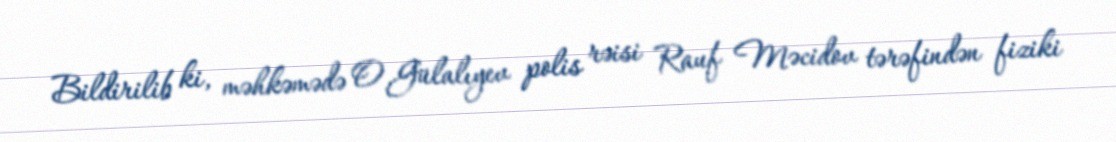
Bildirilib ki, məhkəmədə O.Gülalıyev polis rəisi Rauf Məcidov tərəfindən fiziki